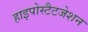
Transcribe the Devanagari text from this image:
हाइपोस्टैटजेशन